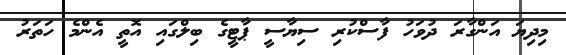
މިދިޔަ އަންގާރަ ދުވަހު ފާސްކުރި ސިޔާސީ ޕާޓީގެ ބިލްގައި އޮތީ އެންމެ ހަތަރު